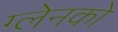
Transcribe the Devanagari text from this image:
ग्लेनको